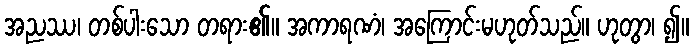
အညဿ၊ တစ်ပါးသော တရား၏။ အကာရဏံ၊ အကြောင်းမဟုတ်သည်။ ဟုတွာ၊ ၍။